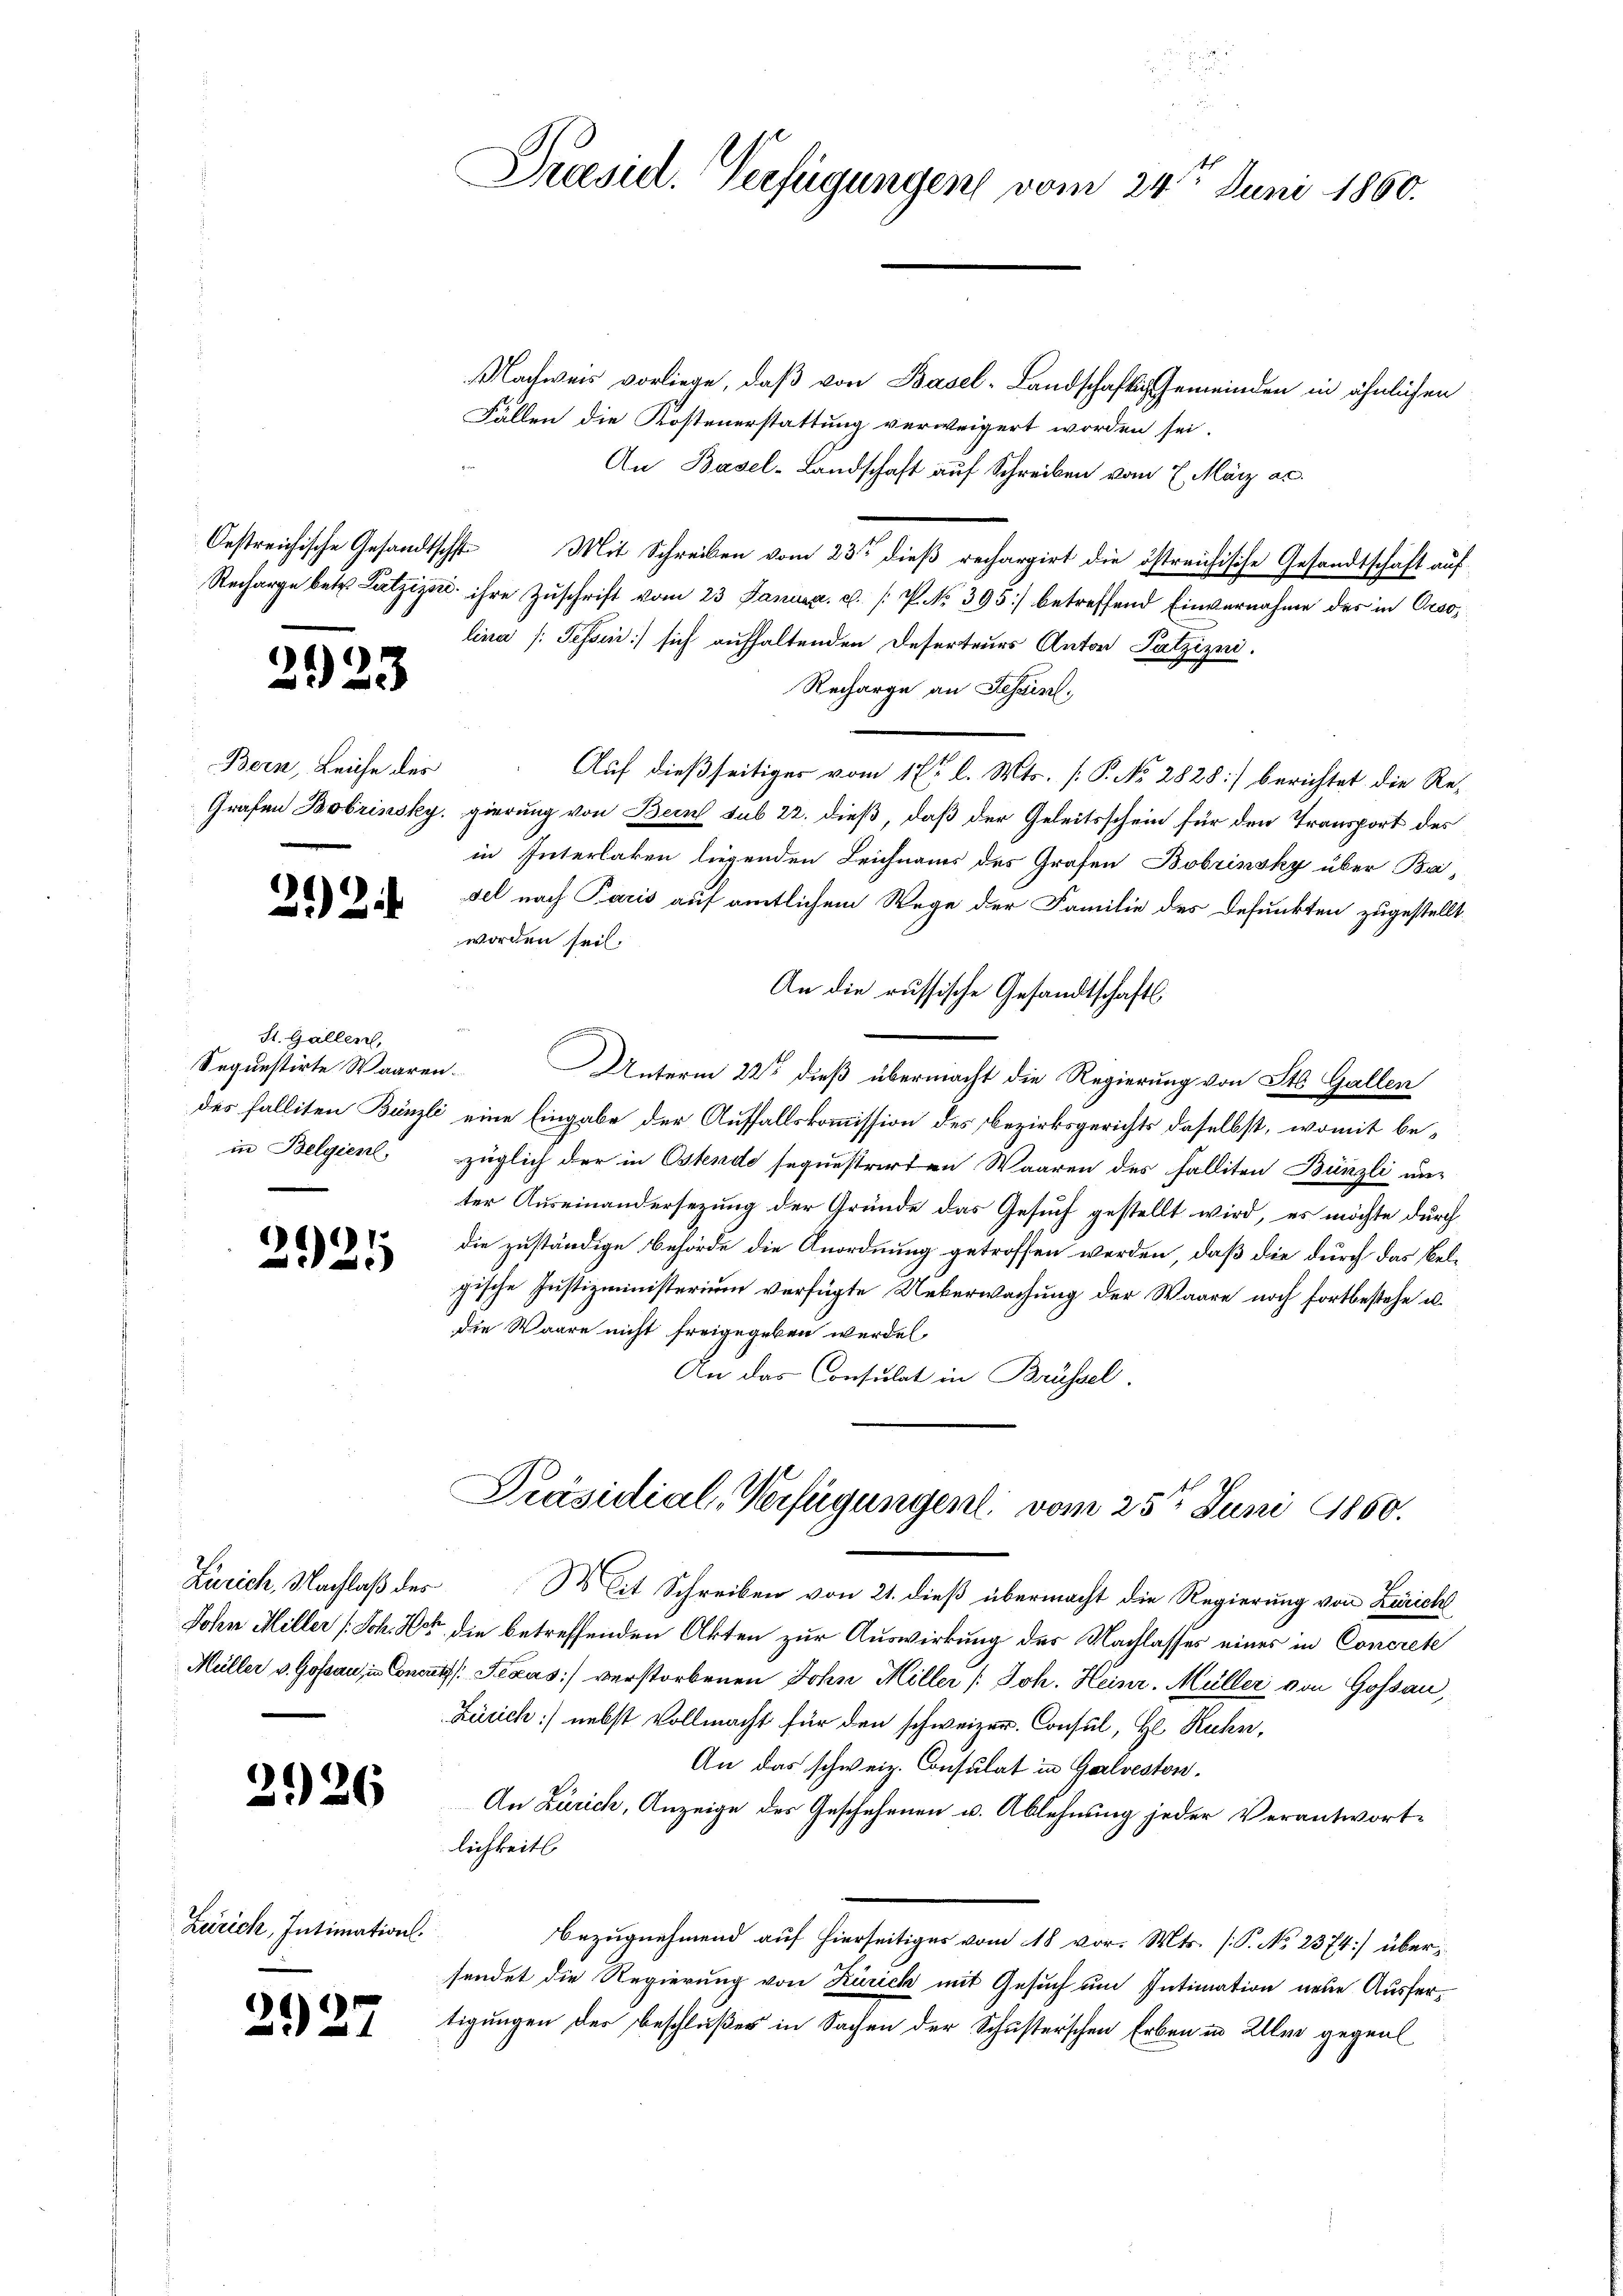
3928

Bern, Leiche des

212

St. Gallen,
Segunstirte Waaren
des Falliten Bünzl
in Belgien.

61
22

2026

Zürich, Intimations.

227

Praesid. Verfügungen vom 24ten Juni 1860.

Nachweis vorliege, daß von Basel-Landschaftig Gemeinden in ähnlichen
Fällen die Kostenerstattung verweigert worden sei.
An Basel-Landschaft auf Schreiben vom 7. März ac.
Oestreichische Gesandtscht Mit Schreiben vom 23ten dieß rechargirt die östreichische Gesandtschaft auf
Recharge betr. Lutzizei ihre Zuschrift vom 23 Januar c. [P NNo. 395) betreffend Einvernahme des in Orsolina (Tessin sich aufhaltenden Deserteurs Anton Patzizni.
Recharge an Tessin,
Auf dießseitiger vom 17t l. Mts. [P. No 2828:/ berichtet die Re¬
Grafen Bobrinsky. gierung von Bein sub 22. dieß, daß der Geleitsschein für den Transport des
in Interlaken liegenden Leichnams des Grafen Bobrinsky über Ba-
sel nach Paris auf amtlichem Wege der Familie des Defunkten zugestellt
worden sei.
An die russische Gesandtschafts
n. Unterm 22ste dieß übermacht die Regierung von St. Gallen
C eine Eingabe der Auffallskommission des Bezirksgerichts daselbst, womit bezüglich der in Ostende sequestrirten Waaren des Falliten Bünzli an-
ter Auseinandersezung der Gründe das Gesuch gestellt wird, es möchte durch
die zuständige Behörde die Anordnung getroffen werden, daß die durch das Belgische Justizministerium verfügte Ueberwachung der Waare noch fortbestehe u.
die Waare nicht freigegeben werden,
An das Consulat in Brüssel.
Präsidial-Verfügungen vom 25ten Juni 1860.
Zürich, Nachlaß des Mit Schreiben von 21. dieß übermacht die Regierung von Zürich
John Hiller (Sch. Hat die betreffenden Akten zur Auswirkung des Nachlasses eines in Concrete
Müller v. Goßau, in Conculs Texas verstorbenen John Miller /: Joh. Heinr. Müller von Gossau,
Zürich] nebst Vollmacht für den schweizer. Consul, Hl Kuhn,
An das schweiz. Consulat in Galveston.
An Zürich, Anzeige des Geschehenen u. Ablehnung jeder Verantwortlichkeitl
Bezugnehmend auf hierseitiges vom 18 vor. Mts. (T. No 2374] übersendet die Regierung von Zürich mit Gesuch um Intimation neue Ausfertigungen der Beschlußes in Sachen der Schusterschen Erben in Aller gegenl